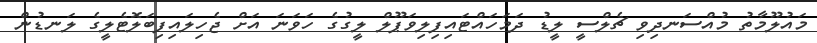
މައުލޫމާތު މުއްސަނދިވި ޗެލްސީ ލީޑު ދަމަހައްޓައިފިލިވަޕޫލް ލީގުގެ ހަވަނަ އަށް ޖެހިލައިފިބަލޮޓެލީގެ ލަނޑުން